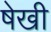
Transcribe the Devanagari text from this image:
षेखी